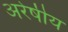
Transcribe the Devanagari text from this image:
अरेषीय